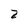
Character: 2